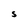
Character: S